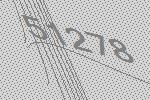
51278